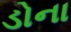
ડોના